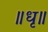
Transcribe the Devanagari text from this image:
॥धृ॥